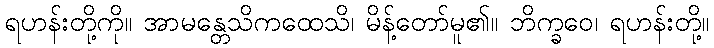
ရဟန်းတို့ကို။ အာမန္တေသိကထေသိ၊ မိန့်တော်မူ၏။ ဘိက္ခဝေ၊ ရဟန်းတို့။